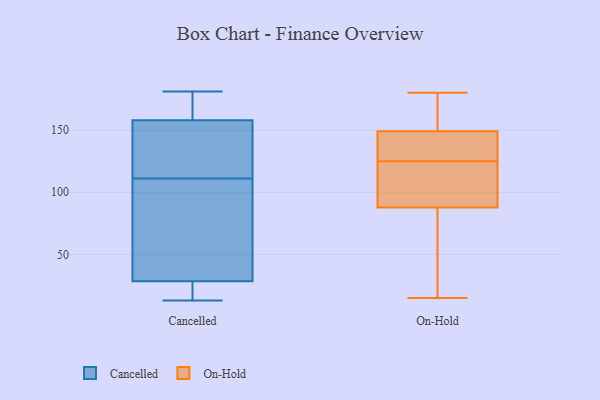
{"axis": {"x": "Shipments", "y": "Value"}, "legend": ["Cancelled", "On-Hold"], "data": [{"x": "", "y": 95, "type": "Cancelled"}, {"x": "", "y": 157, "type": "Cancelled"}, {"x": "", "y": 107, "type": "Cancelled"}, {"x": "", "y": 115, "type": "Cancelled"}, {"x": "", "y": 181, "type": "Cancelled"}, {"x": "", "y": 13, "type": "Cancelled"}, {"x": "", "y": 127, "type": "Cancelled"}, {"x": "", "y": 33, "type": "Cancelled"}, {"x": "", "y": 24, "type": "Cancelled"}, {"x": "", "y": 159, "type": "Cancelled"}, {"x": "", "y": 162, "type": "Cancelled"}, {"x": "", "y": 21, "type": "Cancelled"}, {"x": "", "y": 125, "type": "On-Hold"}, {"x": "", "y": 141, "type": "On-Hold"}, {"x": "", "y": 140, "type": "On-Hold"}, {"x": "", "y": 96, "type": "On-Hold"}, {"x": "", "y": 63, "type": "On-Hold"}, {"x": "", "y": 173, "type": "On-Hold"}, {"x": "", "y": 148, "type": "On-Hold"}, {"x": "", "y": 175, "type": "On-Hold"}, {"x": "", "y": 63, "type": "On-Hold"}, {"x": "", "y": 152, "type": "On-Hold"}, {"x": "", "y": 53, "type": "On-Hold"}, {"x": "", "y": 96, "type": "On-Hold"}, {"x": "", "y": 114, "type": "On-Hold"}, {"x": "", "y": 180, "type": "On-Hold"}, {"x": "", "y": 15, "type": "On-Hold"}, {"x": "", "y": 139, "type": "On-Hold"}, {"x": "", "y": 101, "type": "On-Hold"}]}